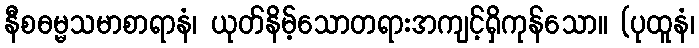
နီစဓမ္မသမာစာရာနံ၊ ယုတ်နိမ့်သောတရားအကျင့်ရှိကုန်သော။ (ပုထူနံ၊